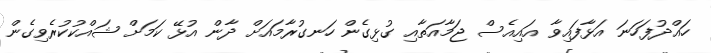
ހައްދުފަހަނަ އަޅާފައިވާ އައިއެސް ޖަމާއަތާއި ގުޅިގެން ހަނގުރާމައަށް ދާން އުޅޭ ކަމަށް ޝައްކުކުރެވިގެން